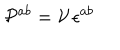
\mathcal { P } ^ { a b } = \mathcal { V } \, \epsilon ^ { a b }